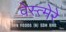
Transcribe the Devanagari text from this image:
वेस्त्मेरे